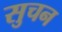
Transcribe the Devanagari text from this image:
सुचन